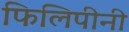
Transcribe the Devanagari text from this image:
फिलिपीनी